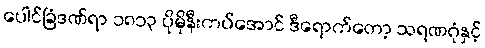
ပေါင်ခြံဒဏ်ရာ ၁၈၁၃ ပိုမိုနီးကပ်အောင် ဒီရောက်တော့ သရဏဂုံနှင့်